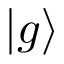
\vert g \rangle